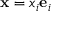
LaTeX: \ \mathbf { x } = x _ { i } \mathbf { e } _ { i }